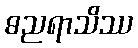
ဓညရာသိဿ